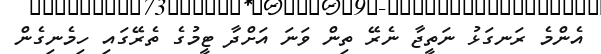
އެންމެ ރަނގަޅު ނަތީޖާ ނެެރޭ ތިން ވަނަ އަށްދާ ޓީމުގެ ތެރޭގައި ހިމެނިގެން